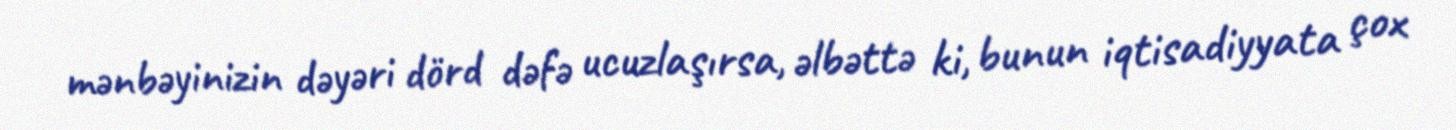
mənbəyinizin dəyəri dörd dəfə ucuzlaşırsa, əlbəttə ki, bunun iqtisadiyyata çox